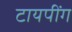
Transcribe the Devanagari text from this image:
टायपींग